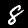
Digit: 8